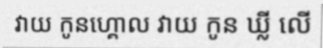
វាយ កូនហ្គោល វាយ កូន ឃ្លី លើ